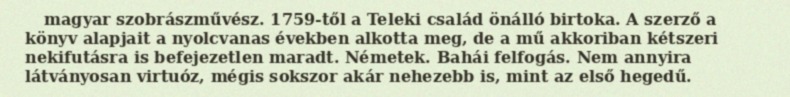
magyar szobrászművész. 1759-től a Teleki család önálló birtoka. A szerző a könyv alapjait a nyolcvanas években alkotta meg, de a mű akkoriban kétszeri nekifutásra is befejezetlen maradt. Németek. Bahái felfogás. Nem annyira látványosan virtuóz, mégis sokszor akár nehezebb is, mint az első hegedű.